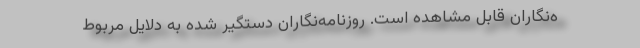
ه‌نگاران قابل مشاهده است. روزنامه‌نگاران دستگیر شده به دلایل مربوط